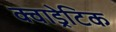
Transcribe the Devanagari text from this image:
क्वाड्रेटिक